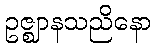
ဥဇ္ဈာနသညိနော